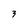
Character: 3